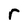
Character: r